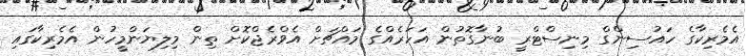
އެމެރިކާގެ ހައުސިންގް މިނިސްޓްރީ ބުނާގޮތުން އަހަރެއްގެ މައްޗަށް އެވްރެޖްކޮށް ތިން މިލިޔަންމީހުން އެމެރިކާގައި